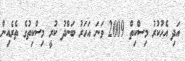
އަދި އެހުކުރު މިސްކިތް 2009 ވަނަ އަހަރު ބަންދު ކުރީ މިސްކިތުގެ ތެރެއިން